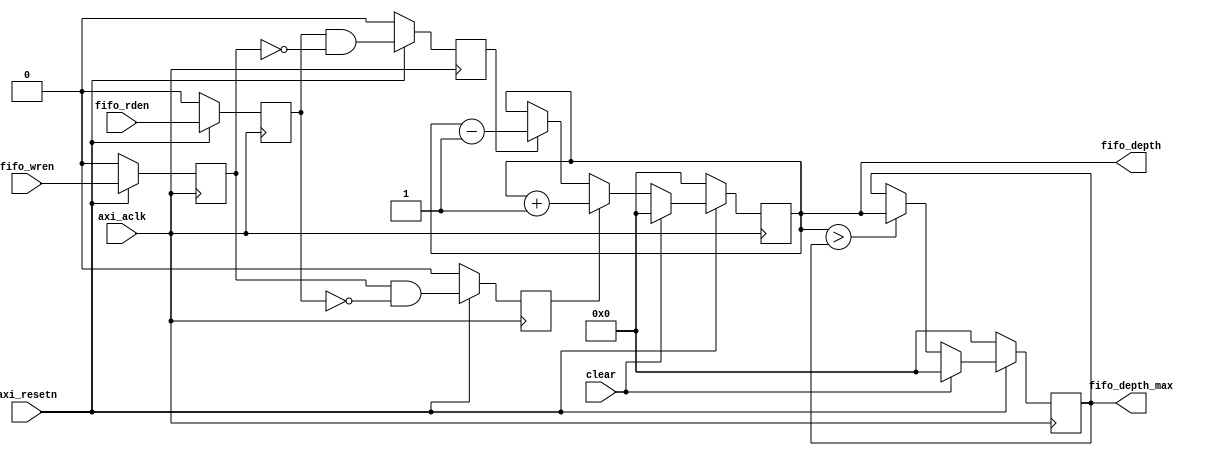
module fifo_depth_monitor
#(
   parameter   C_S_AXI_DATA_WIDTH      = 32
)
(
   input                                        axi_aclk,
   input                                        axi_resetn,

   input                                        fifo_wren,
   input                                        fifo_rden,

   input                                        clear,

   output   reg   [C_S_AXI_DATA_WIDTH-1:0]      fifo_depth,
   output   reg   [C_S_AXI_DATA_WIDTH-1:0]      fifo_depth_max
);

reg   r_fifo_wren, r_fifo_rden;
always @(posedge axi_aclk)
   if (~axi_resetn) begin
      r_fifo_wren    <= 0;
      r_fifo_rden    <= 0;
   end
   else begin
      r_fifo_wren    <= fifo_wren;
      r_fifo_rden    <= fifo_rden;
   end

reg   r_rden, r_wren;
always @(posedge axi_aclk)
   if (~axi_resetn) begin
      r_rden   <= 0;
      r_wren   <= 0;
   end
   else begin
      r_rden   <= (r_fifo_wren &  ~r_fifo_rden);
      r_wren   <= (r_fifo_rden &  ~r_fifo_wren);
   end
   
always @(posedge axi_aclk)
   if (~axi_resetn)
      fifo_depth  <= 0;
   else if (clear)
      fifo_depth  <= 0;
   else if (r_rden)
      fifo_depth  <= fifo_depth + 1;
   else if (r_wren)
      fifo_depth  <= fifo_depth - 1;

always @(posedge axi_aclk)
   if (~axi_resetn)
      fifo_depth_max <= 0;
   else if (clear)
      fifo_depth_max <= 0;
   else if (fifo_depth > fifo_depth_max)
      fifo_depth_max <= fifo_depth;

endmodule